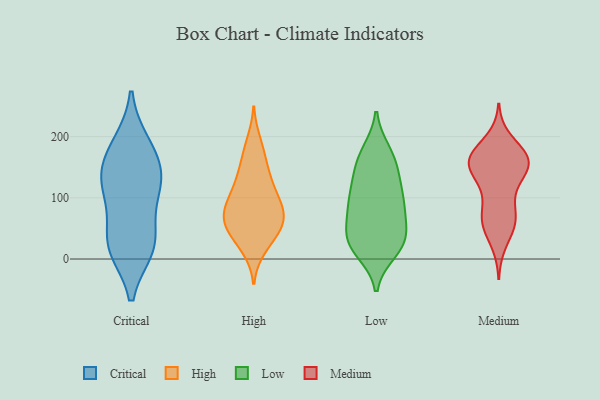
{"axis": {"x": "Conversion Rate (%)", "y": "Value"}, "legend": ["Critical", "High", "Low", "Medium"], "data": [{"x": "", "y": 188, "type": "Critical"}, {"x": "", "y": 182, "type": "Critical"}, {"x": "", "y": 18, "type": "Critical"}, {"x": "", "y": 19, "type": "Critical"}, {"x": "", "y": 21, "type": "Critical"}, {"x": "", "y": 136, "type": "Critical"}, {"x": "", "y": 143, "type": "Critical"}, {"x": "", "y": 138, "type": "Critical"}, {"x": "", "y": 110, "type": "Critical"}, {"x": "", "y": 37, "type": "Critical"}, {"x": "", "y": 96, "type": "Critical"}, {"x": "", "y": 137, "type": "High"}, {"x": "", "y": 95, "type": "High"}, {"x": "", "y": 192, "type": "High"}, {"x": "", "y": 62, "type": "High"}, {"x": "", "y": 78, "type": "High"}, {"x": "", "y": 41, "type": "High"}, {"x": "", "y": 120, "type": "High"}, {"x": "", "y": 56, "type": "High"}, {"x": "", "y": 157, "type": "High"}, {"x": "", "y": 63, "type": "High"}, {"x": "", "y": 44, "type": "High"}, {"x": "", "y": 98, "type": "High"}, {"x": "", "y": 177, "type": "High"}, {"x": "", "y": 68, "type": "High"}, {"x": "", "y": 17, "type": "High"}, {"x": "", "y": 101, "type": "High"}, {"x": "", "y": 134, "type": "High"}, {"x": "", "y": 85, "type": "High"}, {"x": "", "y": 61, "type": "High"}, {"x": "", "y": 23, "type": "High"}, {"x": "", "y": 166, "type": "Low"}, {"x": "", "y": 13, "type": "Low"}, {"x": "", "y": 130, "type": "Low"}, {"x": "", "y": 118, "type": "Low"}, {"x": "", "y": 99, "type": "Low"}, {"x": "", "y": 30, "type": "Low"}, {"x": "", "y": 144, "type": "Low"}, {"x": "", "y": 86, "type": "Low"}, {"x": "", "y": 30, "type": "Low"}, {"x": "", "y": 19, "type": "Low"}, {"x": "", "y": 62, "type": "Low"}, {"x": "", "y": 90, "type": "Low"}, {"x": "", "y": 29, "type": "Low"}, {"x": "", "y": 175, "type": "Low"}, {"x": "", "y": 166, "type": "Low"}, {"x": "", "y": 29, "type": "Low"}, {"x": "", "y": 92, "type": "Low"}, {"x": "", "y": 59, "type": "Low"}, {"x": "", "y": 151, "type": "Medium"}, {"x": "", "y": 62, "type": "Medium"}, {"x": "", "y": 26, "type": "Medium"}, {"x": "", "y": 59, "type": "Medium"}, {"x": "", "y": 116, "type": "Medium"}, {"x": "", "y": 70, "type": "Medium"}, {"x": "", "y": 151, "type": "Medium"}, {"x": "", "y": 154, "type": "Medium"}, {"x": "", "y": 172, "type": "Medium"}, {"x": "", "y": 158, "type": "Medium"}, {"x": "", "y": 66, "type": "Medium"}, {"x": "", "y": 152, "type": "Medium"}, {"x": "", "y": 174, "type": "Medium"}, {"x": "", "y": 128, "type": "Medium"}, {"x": "", "y": 55, "type": "Medium"}, {"x": "", "y": 159, "type": "Medium"}, {"x": "", "y": 195, "type": "Medium"}, {"x": "", "y": 167, "type": "Medium"}, {"x": "", "y": 96, "type": "Medium"}, {"x": "", "y": 162, "type": "Medium"}]}